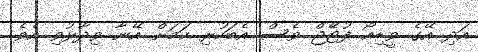
އަދި އޭގެ ވީޑިއޯ ފުޓޭޖް ވެސް އެބަހުރި ކަމަށް އޭނާ ވިދާޅުވި އެވެ.